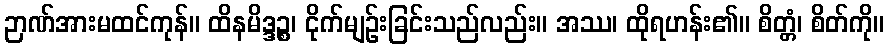
ဉာဏ်အားမထင်ကုန်။ ထိနမိဒ္ဒဉ္စ၊ ငိုက်မျဉ်းခြင်းသည်လည်း။ အဿ၊ ထိုရဟန်း၏။ စိတ္တံ၊ စိတ်ကို။